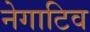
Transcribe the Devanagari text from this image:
नेगाटिव